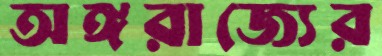
অঙ্গরাজ্যের